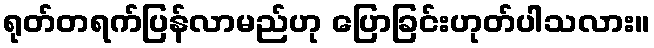
ရုတ်တရက်ပြန်လာမည်ဟု ပြောခြင်းဟုတ်ပါသလား။